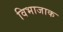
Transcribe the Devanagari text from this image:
विभाजाक